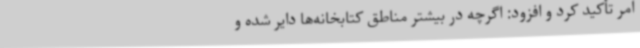
امر تأکید کرد و افزود: اگرچه در بیشتر مناطق کتابخانه‌ها دایر شده و